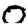
Digit: 0